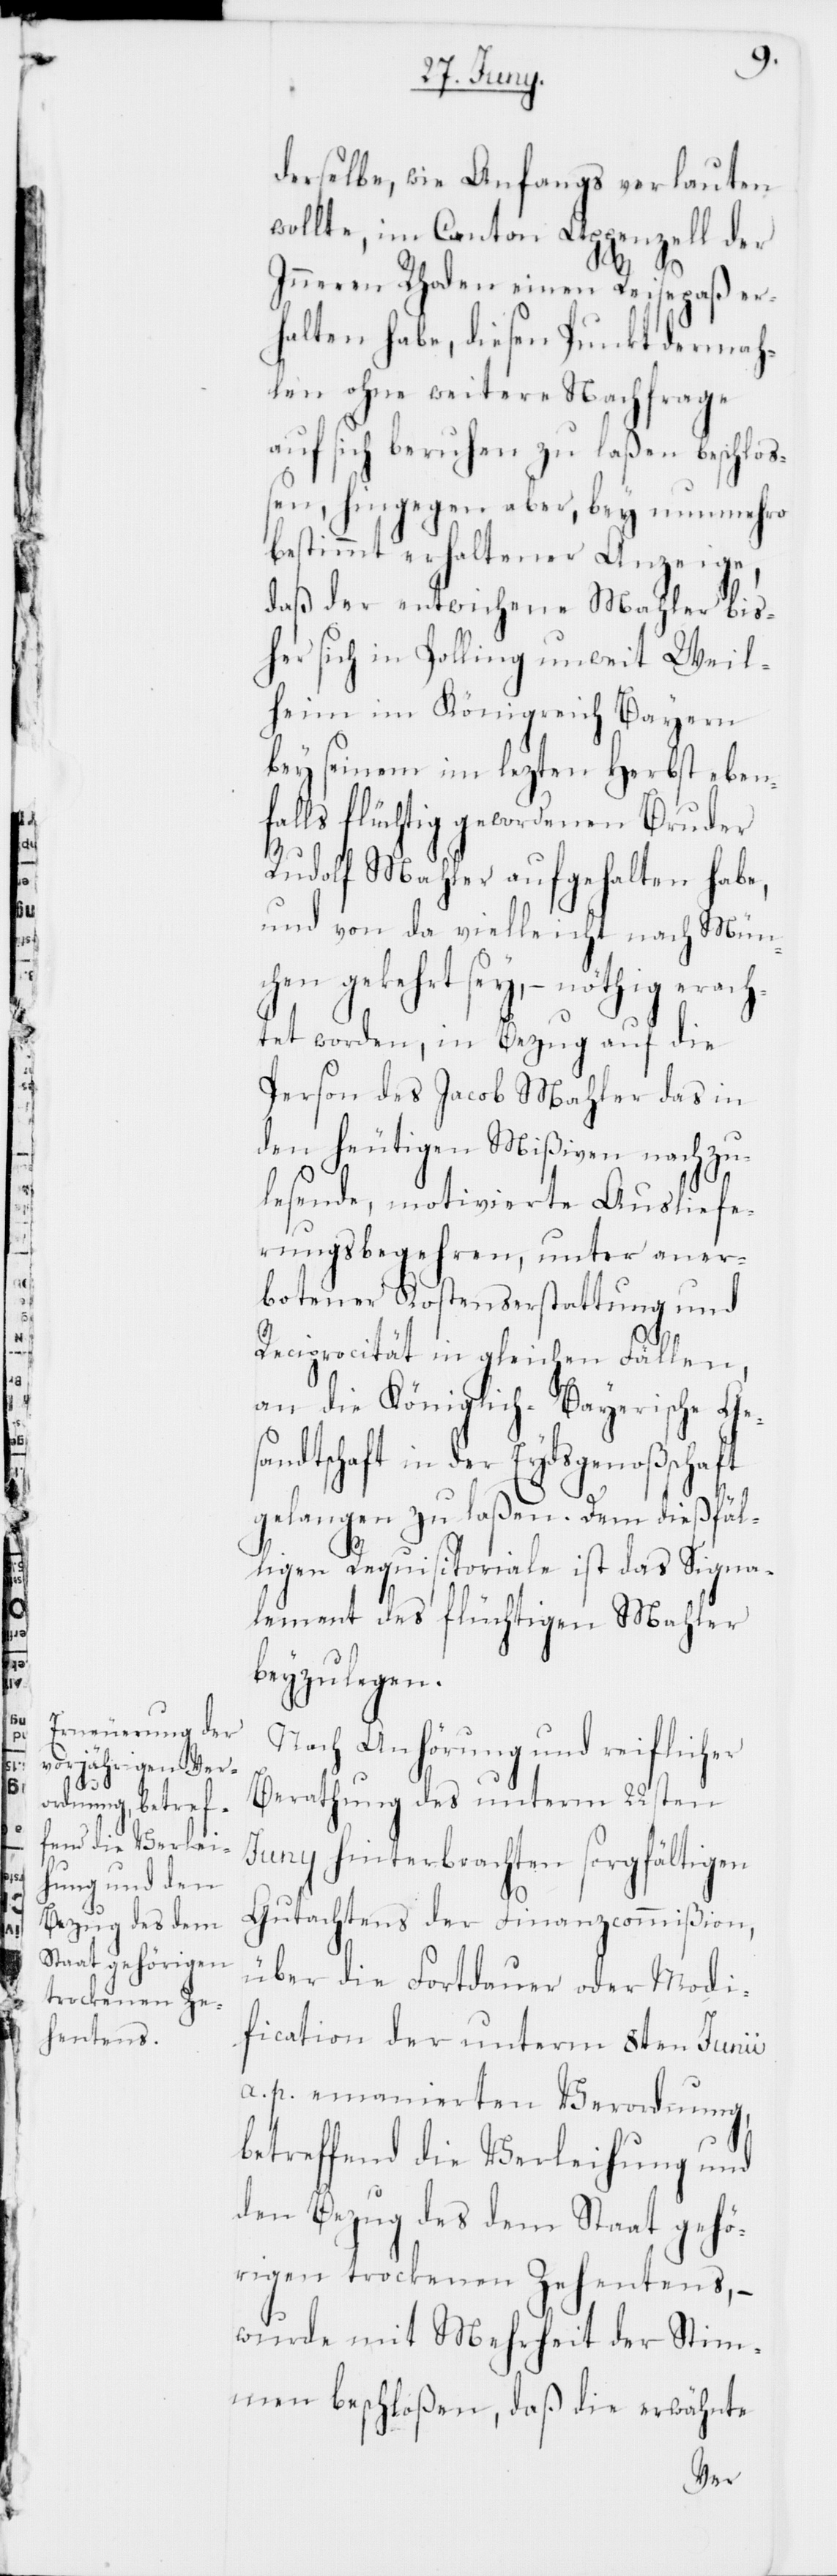
derselbe, wie Anfangs verlauten
wollte, im Canton Appenzell der
Innern Rhoden einen Reisepaß er¬
halten habe, diesen Punkt dermah¬
len ohne weitere Nachfrage
auf sich beruhen zu laßen beschloß¬
en, hingegen aber, bey nunmehro
bestimmt erhaltener Anzeige,
daß der entwichene Mahler bis¬
her sich in Polling unweit Weil¬
heim im Königreich Bayern
bey seinem im lezten Herbst eben¬
falls flüchtig gewordenen Bruder
Rudolf Mahler aufgehalten habe,
und von da vielleicht nach Mün¬
chen gekehrt sey, – nöthig erach¬
tet worden, in Bezug auf die
Person des Jacob Mahler das in
den heutigen Mißiven nachzu¬
lesende, motivierte Ausliefe¬
rungsbegehren, unter aner¬
botener Kostenserstattung und
Reciprocität in gleichen Fällen,
an die Königlich-Bayerische Ges¬
andtschaft in der Eydsgenoßenschaft
gelangen zu laßen. Dem dießfäl¬
ligen Requisitoriale ist das Signa¬
lement des flüchtigen Mahler
beyzulegen.
Nach Anhörung und reiflicher
Berathung des unterm 22sten
Juny hinterbrachten sorgfältigen
Gutachtens der Finanzcommißion,
über die Fortdauer oder Modi¬
fication der unterm 8ten Junii
a. p. emanierten Verordnung,
betreffend die Verleihung und
den Bezug des dem Staat gehö¬
rigen trockenen Zehentens, –
wurde mit Mehrheit der Stim¬
men beschloßen, daß die erwähnte